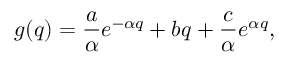
g ( q ) = \frac { a } { \alpha } e ^ { - \alpha q } + b q + \frac { c } { \alpha } e ^ { \alpha q } ,